65_HS1-834228961_62-HQ-83894_Section_7
Agency: FBI
Page 10
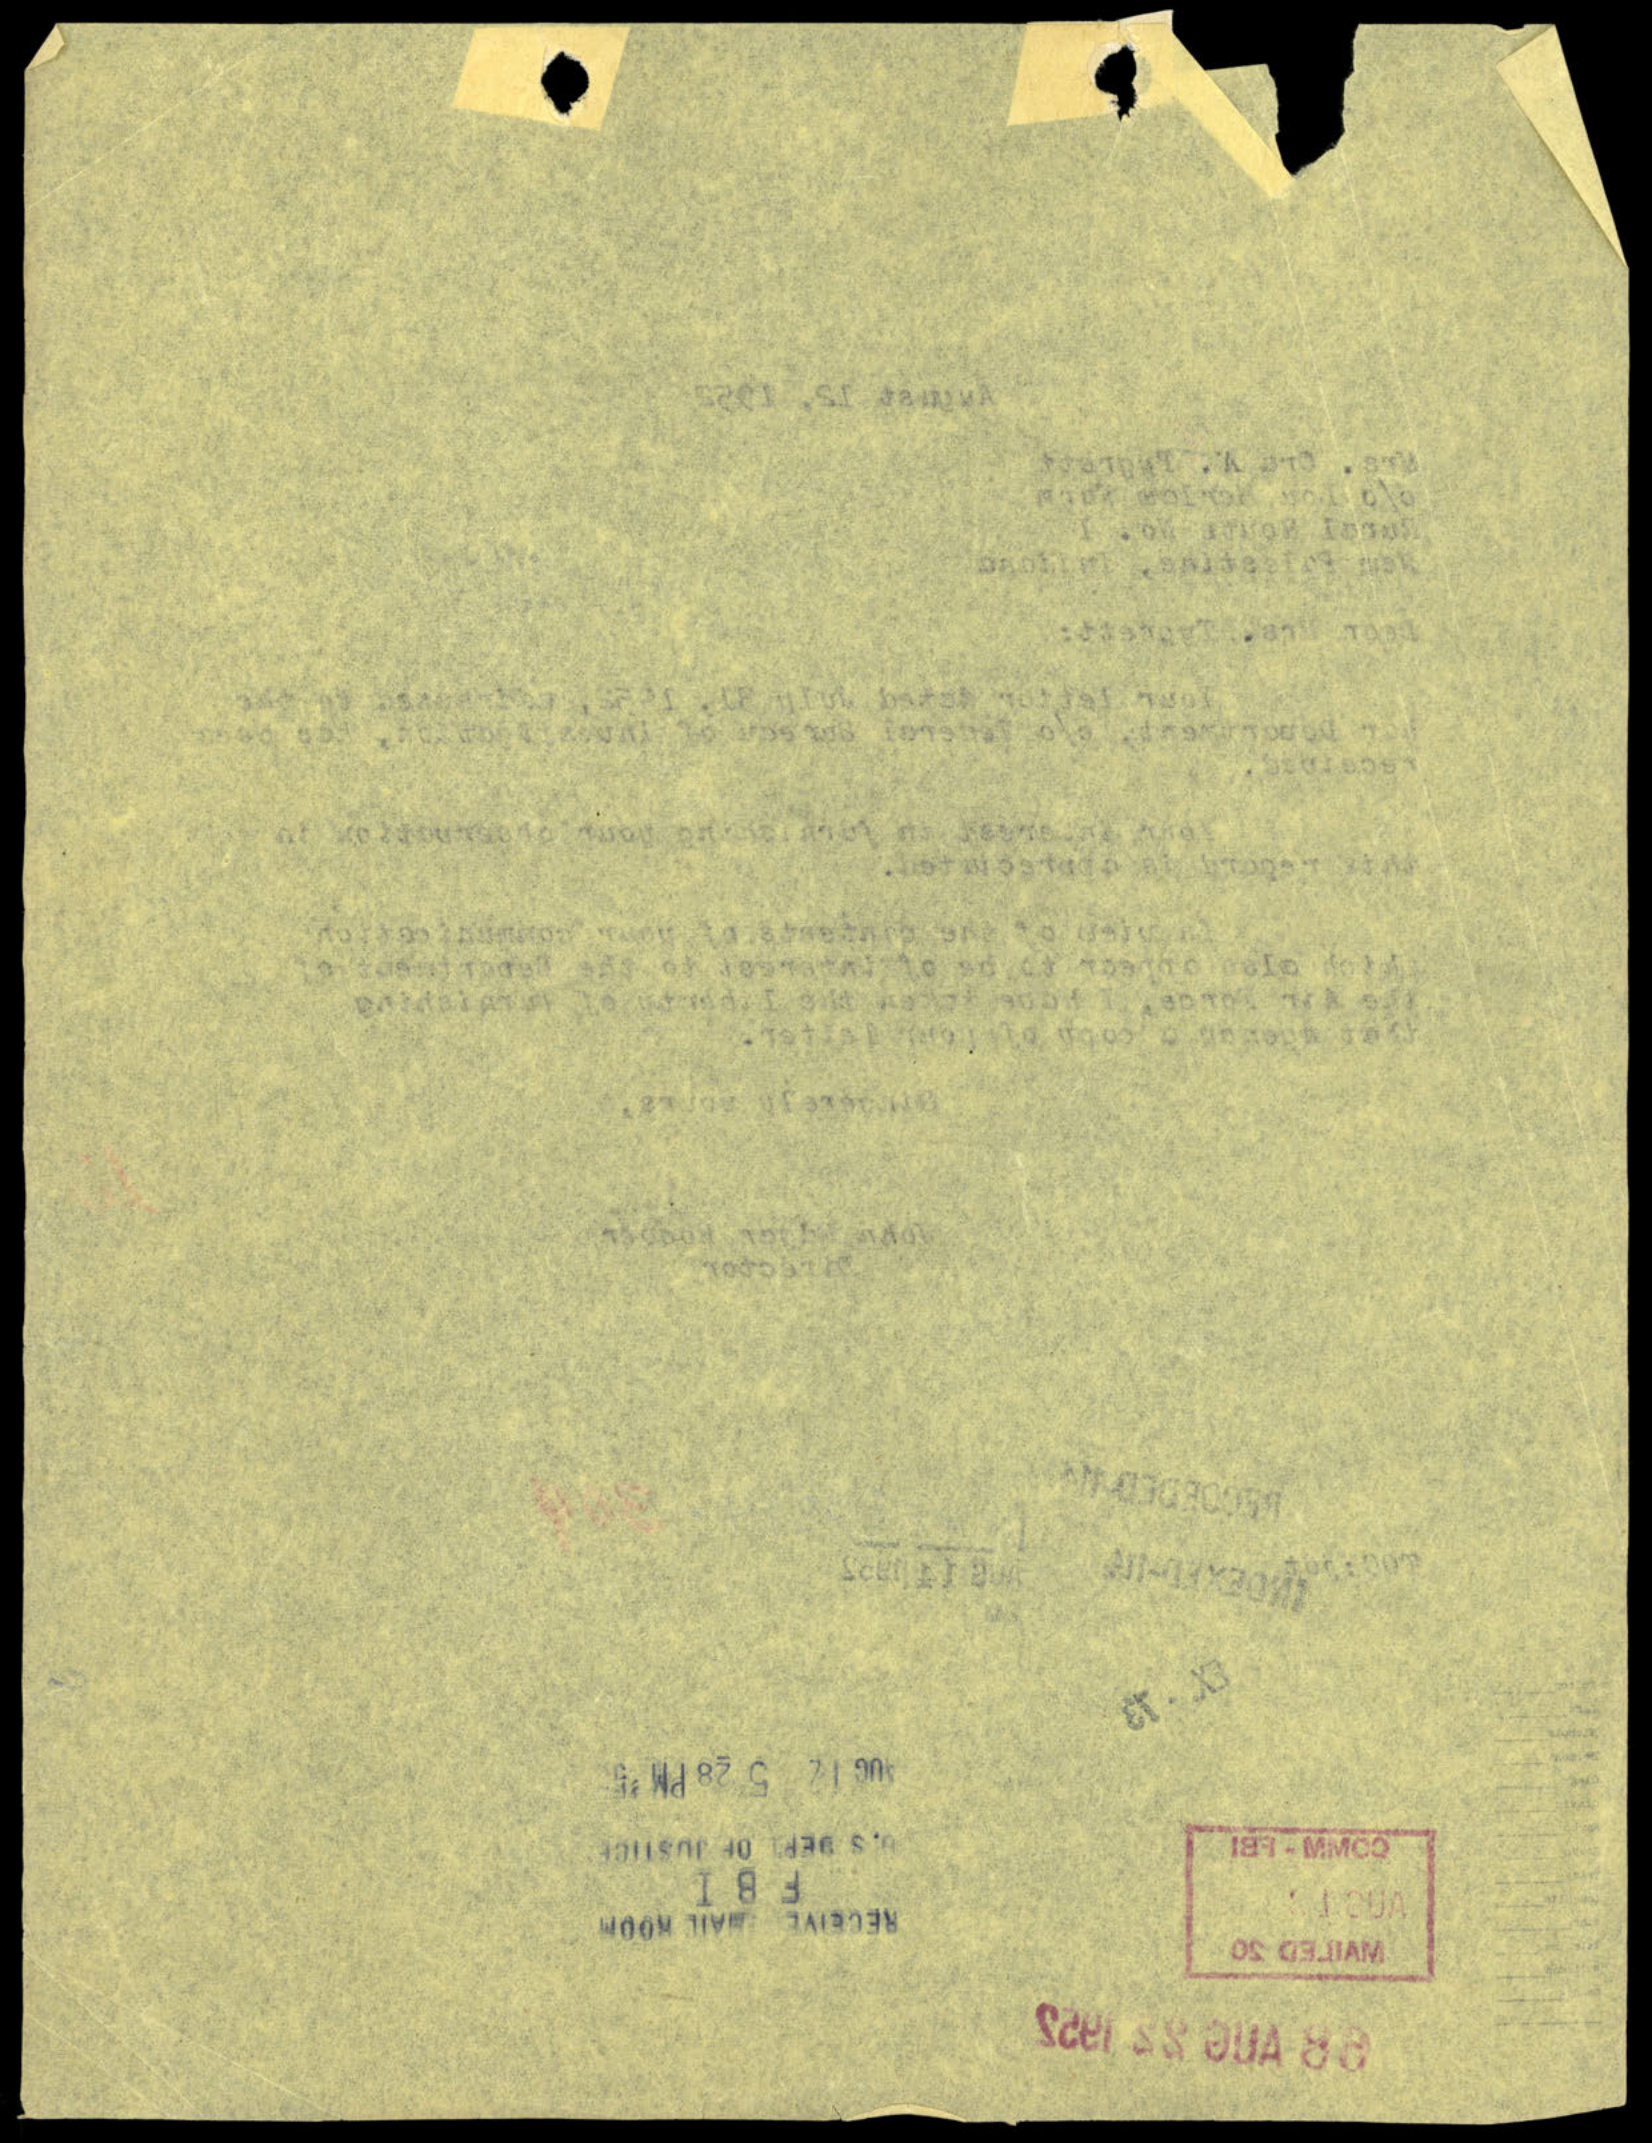